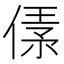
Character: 𠋾